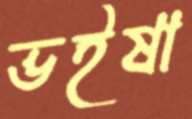
ভইষা